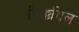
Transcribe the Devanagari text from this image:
त्रिक्कयिल